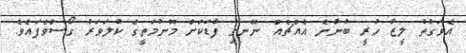
އެވަގުތު ލީޒާ ހުރީ ބުނާނެ އެއްޗެއް ނޭނގި ފާޑަކަށް މޫނުމަތީގެ ކުލަވަރު ގޯސްވެފައެވެ.